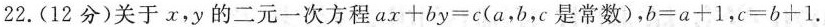
22.(12分)关于x，y的二元一次方程a.x+by=c(a，b，c是常数)，b=a+1，c=b+1.